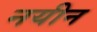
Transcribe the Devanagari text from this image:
नयीन